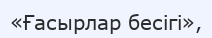
«Ғасырлар бесігі»,